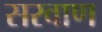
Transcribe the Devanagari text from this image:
सरवाण